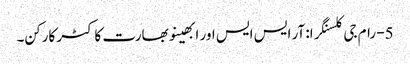
5- رام جی کلسنگرا: آر ایس ایس اور ابھینو بھارت کا کٹر کارکن۔